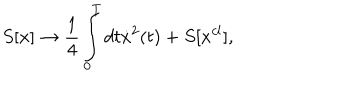
LaTeX: S [ x ] \to \frac { 1 } { 4 } \int _ { 0 } ^ { T } { d t \dot { x } ^ { 2 } } ( t ) + S [ x ^ { c l } ] ,